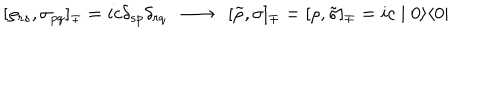
LaTeX: [ \rho _ { r s } , \sigma _ { p q } ] _ { \mp } = i c \delta _ { s p } \delta _ { r q } \; \; \longrightarrow \; \; [ \tilde { \rho } , \sigma ] _ { \mp } = [ \rho , \tilde { \sigma } ] _ { \mp } = i c \mid 0 \rangle \langle 0 \mid